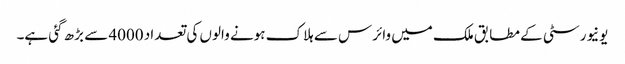
یونیورسٹی کے مطابق ملک میں وائرس سے ہلاک ہونے والوں کی تعداد 4000 سے بڑھ گئی ہے۔